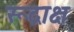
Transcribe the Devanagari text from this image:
रूद्राक्ष